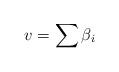
LaTeX: \begin{align*}v=\sum \beta_i\end{align*}